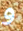
و